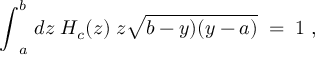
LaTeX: { \int } _ { a } ^ { b } \; d z \; H _ { c } ( z ) \; z \sqrt { b - y ) ( y - a ) } \; = \; 1 \; ,